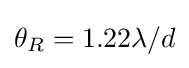
\theta _{R}=1.22\lambda /\,\!d